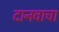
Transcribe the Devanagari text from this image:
दानवाचा